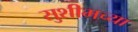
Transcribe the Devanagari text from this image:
सुशीमच्या